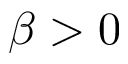
\beta > 0